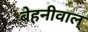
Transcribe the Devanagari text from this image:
बेहनीवाल्